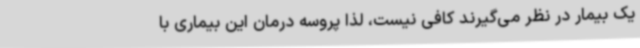
یک بیمار در نظر می‌گیرند کافی نیست، لذا پروسه درمان این بیماری با